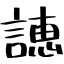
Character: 譓